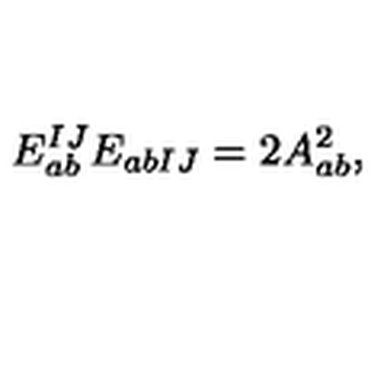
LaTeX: E _ { a b } ^ { I J } E _ { a b I J } = 2 A _ { a b } ^ { 2 } ,